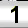
Digit: 1